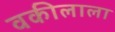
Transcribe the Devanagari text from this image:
वकीलाला